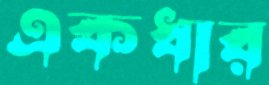
একধার